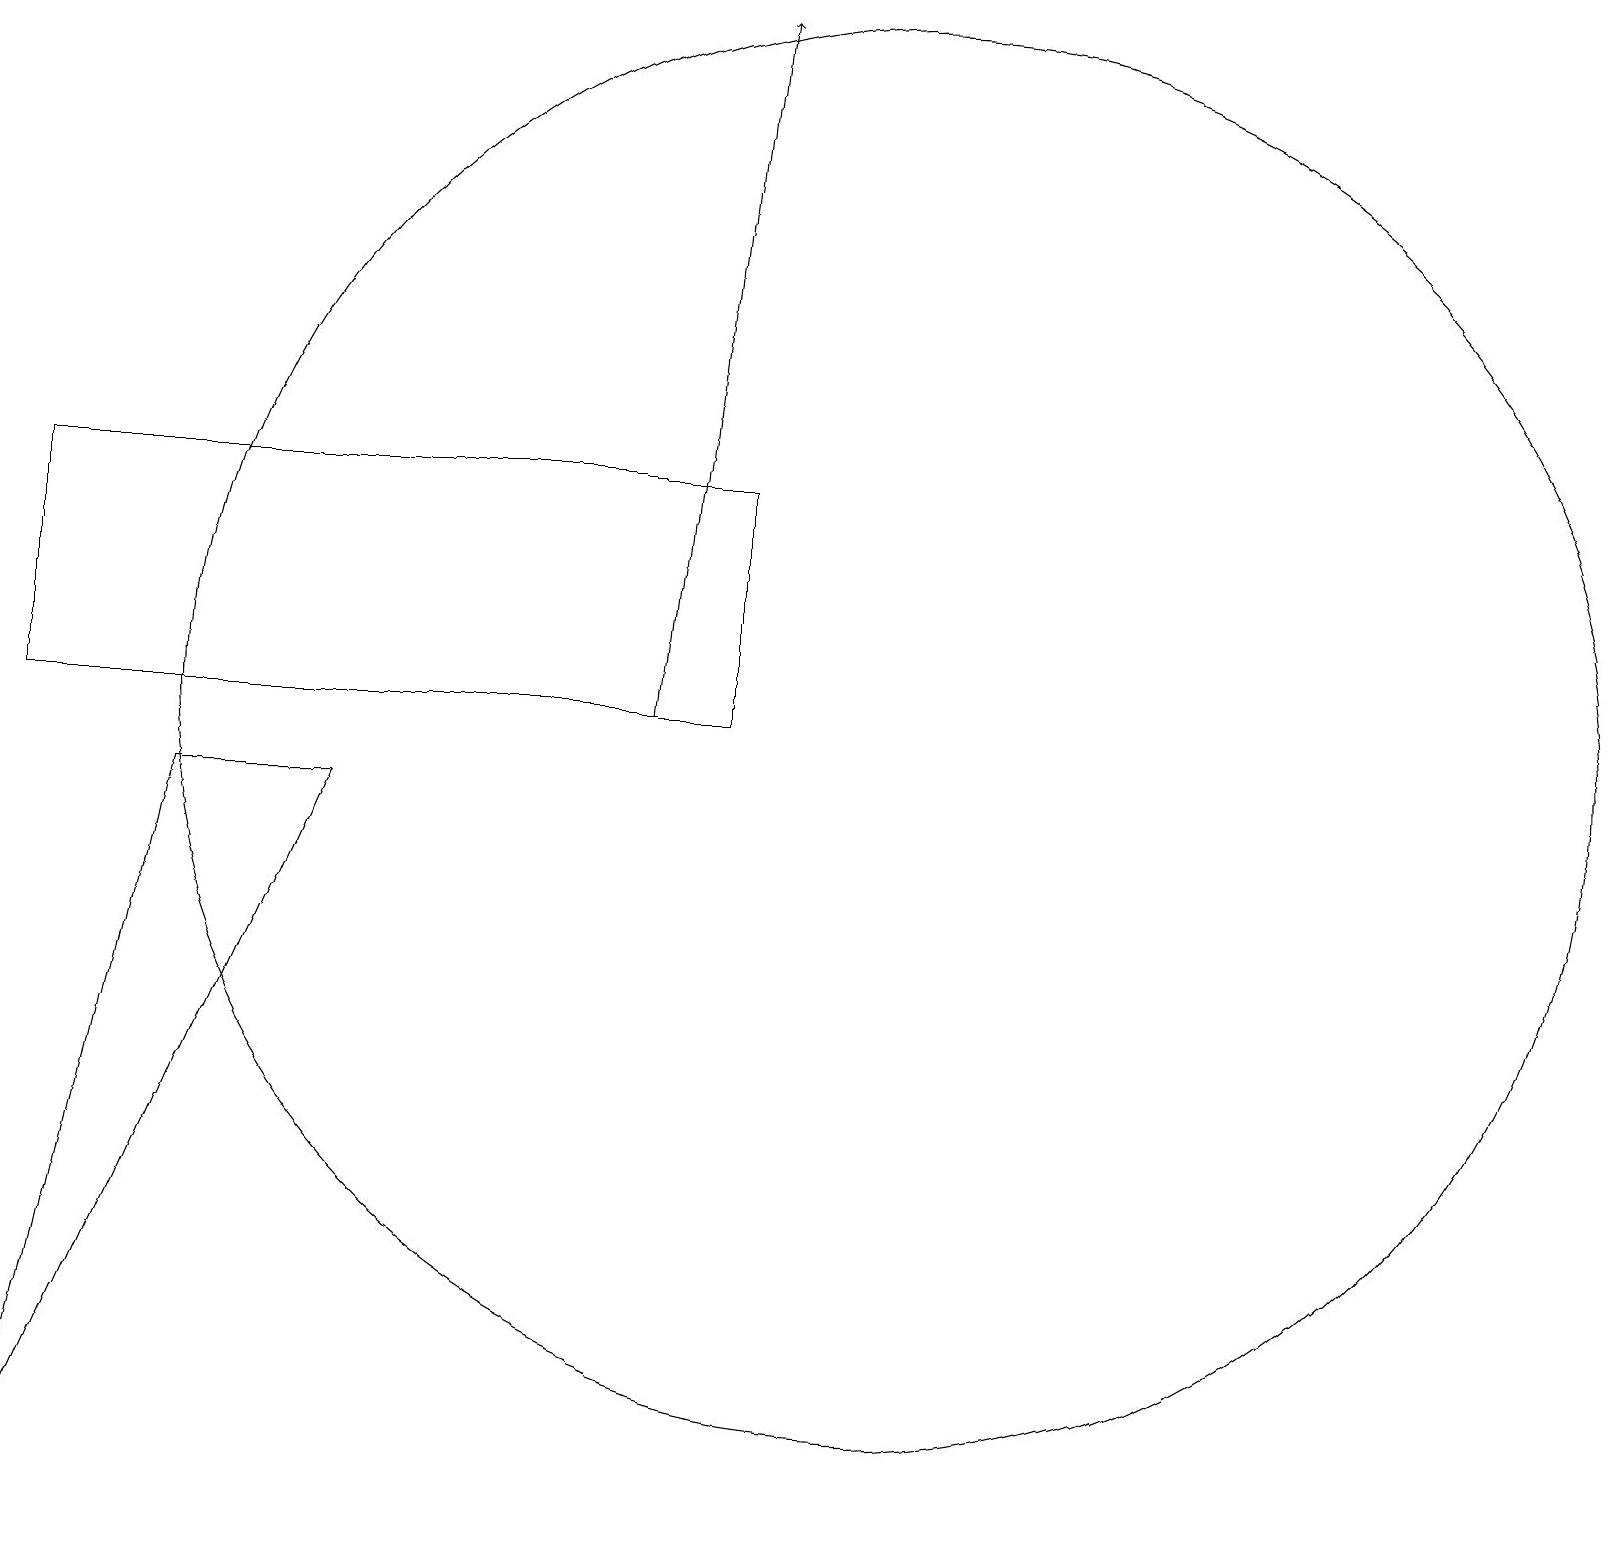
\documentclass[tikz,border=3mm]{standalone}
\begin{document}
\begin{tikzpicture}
\draw (0,10) rectangle (9,13);
\draw (12,11) circle (0);
\draw (2,9) -- (4,9) -- (0,0) -- cycle;
\draw (10,11) circle (0);
\draw (11,10) circle (9);
\draw[->] (8,10) -- (9,19);
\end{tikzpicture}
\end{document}